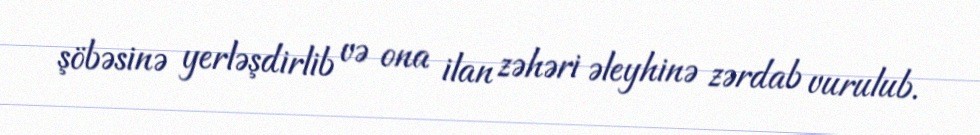
şöbəsinə yerləşdirlib və ona ilan zəhəri əleyhinə zərdab vurulub.